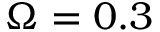
\Omega = 0 . 3